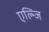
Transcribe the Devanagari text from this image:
एल्न्जि